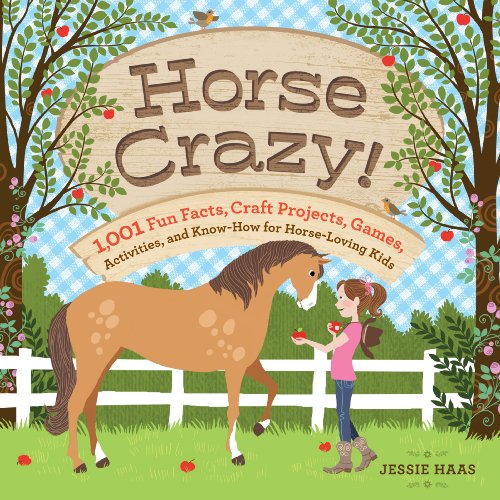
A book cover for Horse Crazy!: 1,001 Fun Facts, Craft Projects, Games, Activities, and Know-How for Horse-Loving Kids; Jessie Haas; Crafts, Hobbies & Home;